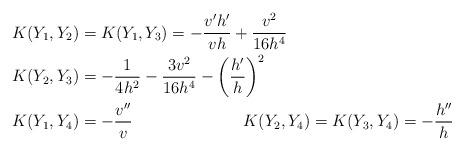
LaTeX: \begin{align*}&K(Y_1,Y_2) = K(Y_1,Y_3) = - \frac{v' h'}{vh} + \frac{v^2}{16h^4} \\&K(Y_2,Y_3) = - \frac{1}{4h^2} - \frac{3v^2}{16h^4} - \left( \frac{h'}{h} \right)^2 \\&K(Y_1,Y_4) = - \frac{v''}{v} \hskip 80pt K(Y_2,Y_4) = K(Y_3,Y_4) = - \frac{h''}{h} \end{align*}